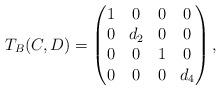
LaTeX: \begin{align*} T_{B}(C,D) = \begin{pmatrix} 1 & 0 & 0 & 0 \\ 0 & d_2 & 0 & 0 \\ 0 & 0 & 1 & 0 \\ 0 & 0 & 0 & d_4 \end{pmatrix},\end{align*}